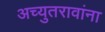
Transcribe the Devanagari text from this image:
अच्युतरावांना